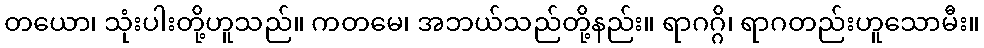
တယော၊ သုံးပါးတို့ဟူသည်။ ကတမေ၊ အဘယ်သည်တို့နည်း။ ရာဂဂ္ဂိ၊ ရာဂတည်းဟူသောမီး။